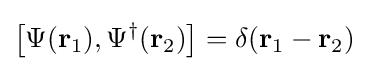
\left[\Psi (\mathbf {r} _{1}),\Psi ^{\dagger }(\mathbf {r} _{2})\right]=\delta (\mathbf {r} _{1}-\mathbf {r} _{2})